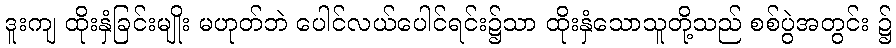
ဒူးကျ ထိုးနှံခြင်းမျိုး မဟုတ်ဘဲ ပေါင်လယ်ပေါင်ရင်း၌သာ ထိုးနှံသောသူတို့သည် စစ်ပွဲအတွင်း ၌